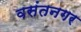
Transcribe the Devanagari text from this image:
वसंतनगर